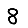
Digit: 8